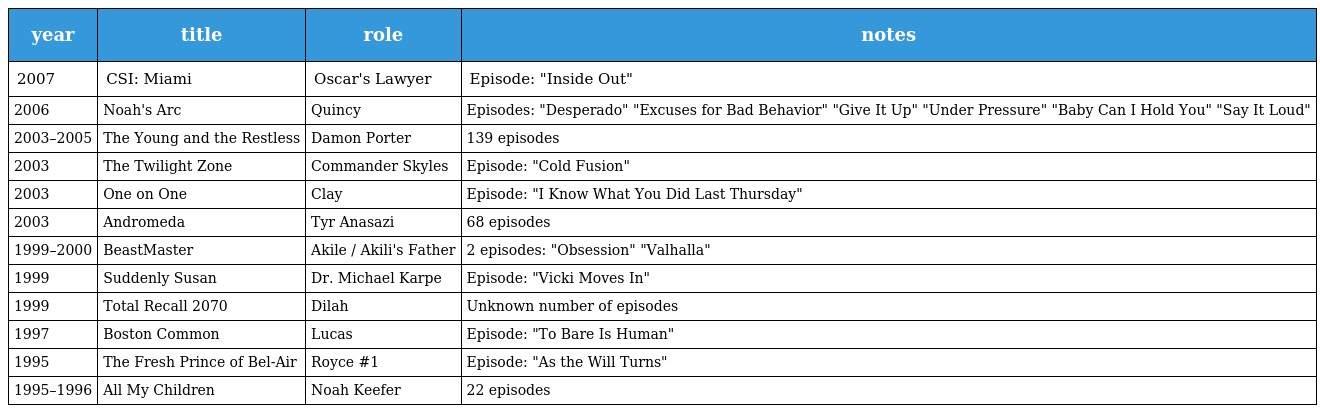
| year | title | role | notes |
 | --- | --- | --- | --- |
 | 2007 | CSI: Miami | Oscar's Lawyer | Episode: "Inside Out" |
 | 2006 | Noah's Arc | Quincy | Episodes: "Desperado" "Excuses for Bad Behavior" "Give It Up" "Under Pressure" "Baby Can I Hold You" "Say It Loud" |
 | 2003–2005 | The Young and the Restless | Damon Porter | 139 episodes |
 | 2003 | The Twilight Zone | Commander Skyles | Episode: "Cold Fusion" |
 | 2003 | One on One | Clay | Episode: "I Know What You Did Last Thursday" |
 | 2003 | Andromeda | Tyr Anasazi | 68 episodes |
 | 1999–2000 | BeastMaster | Akile / Akili's Father | 2 episodes: "Obsession" "Valhalla" |
 | 1999 | Suddenly Susan | Dr. Michael Karpe | Episode: "Vicki Moves In" |
 | 1999 | Total Recall 2070 | Dilah | Unknown number of episodes |
 | 1997 | Boston Common | Lucas | Episode: "To Bare Is Human" |
 | 1995 | The Fresh Prince of Bel-Air | Royce #1 | Episode: "As the Will Turns" |
 | 1995–1996 | All My Children | Noah Keefer | 22 episodes |